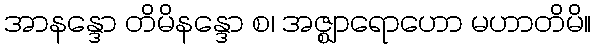
အာနန္ဒော တိမိနန္ဒော စ၊ အဇ္ဈာရောဟော မဟာတိမိ။